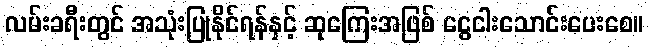
လမ်းခရီးတွင် အသုံးပြုနိုင်ရန်နှင့် ဆုကြေးအဖြစ် ငွေငါးသောင်းပေးစေ။